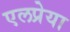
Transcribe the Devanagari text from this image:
एलप्रेया